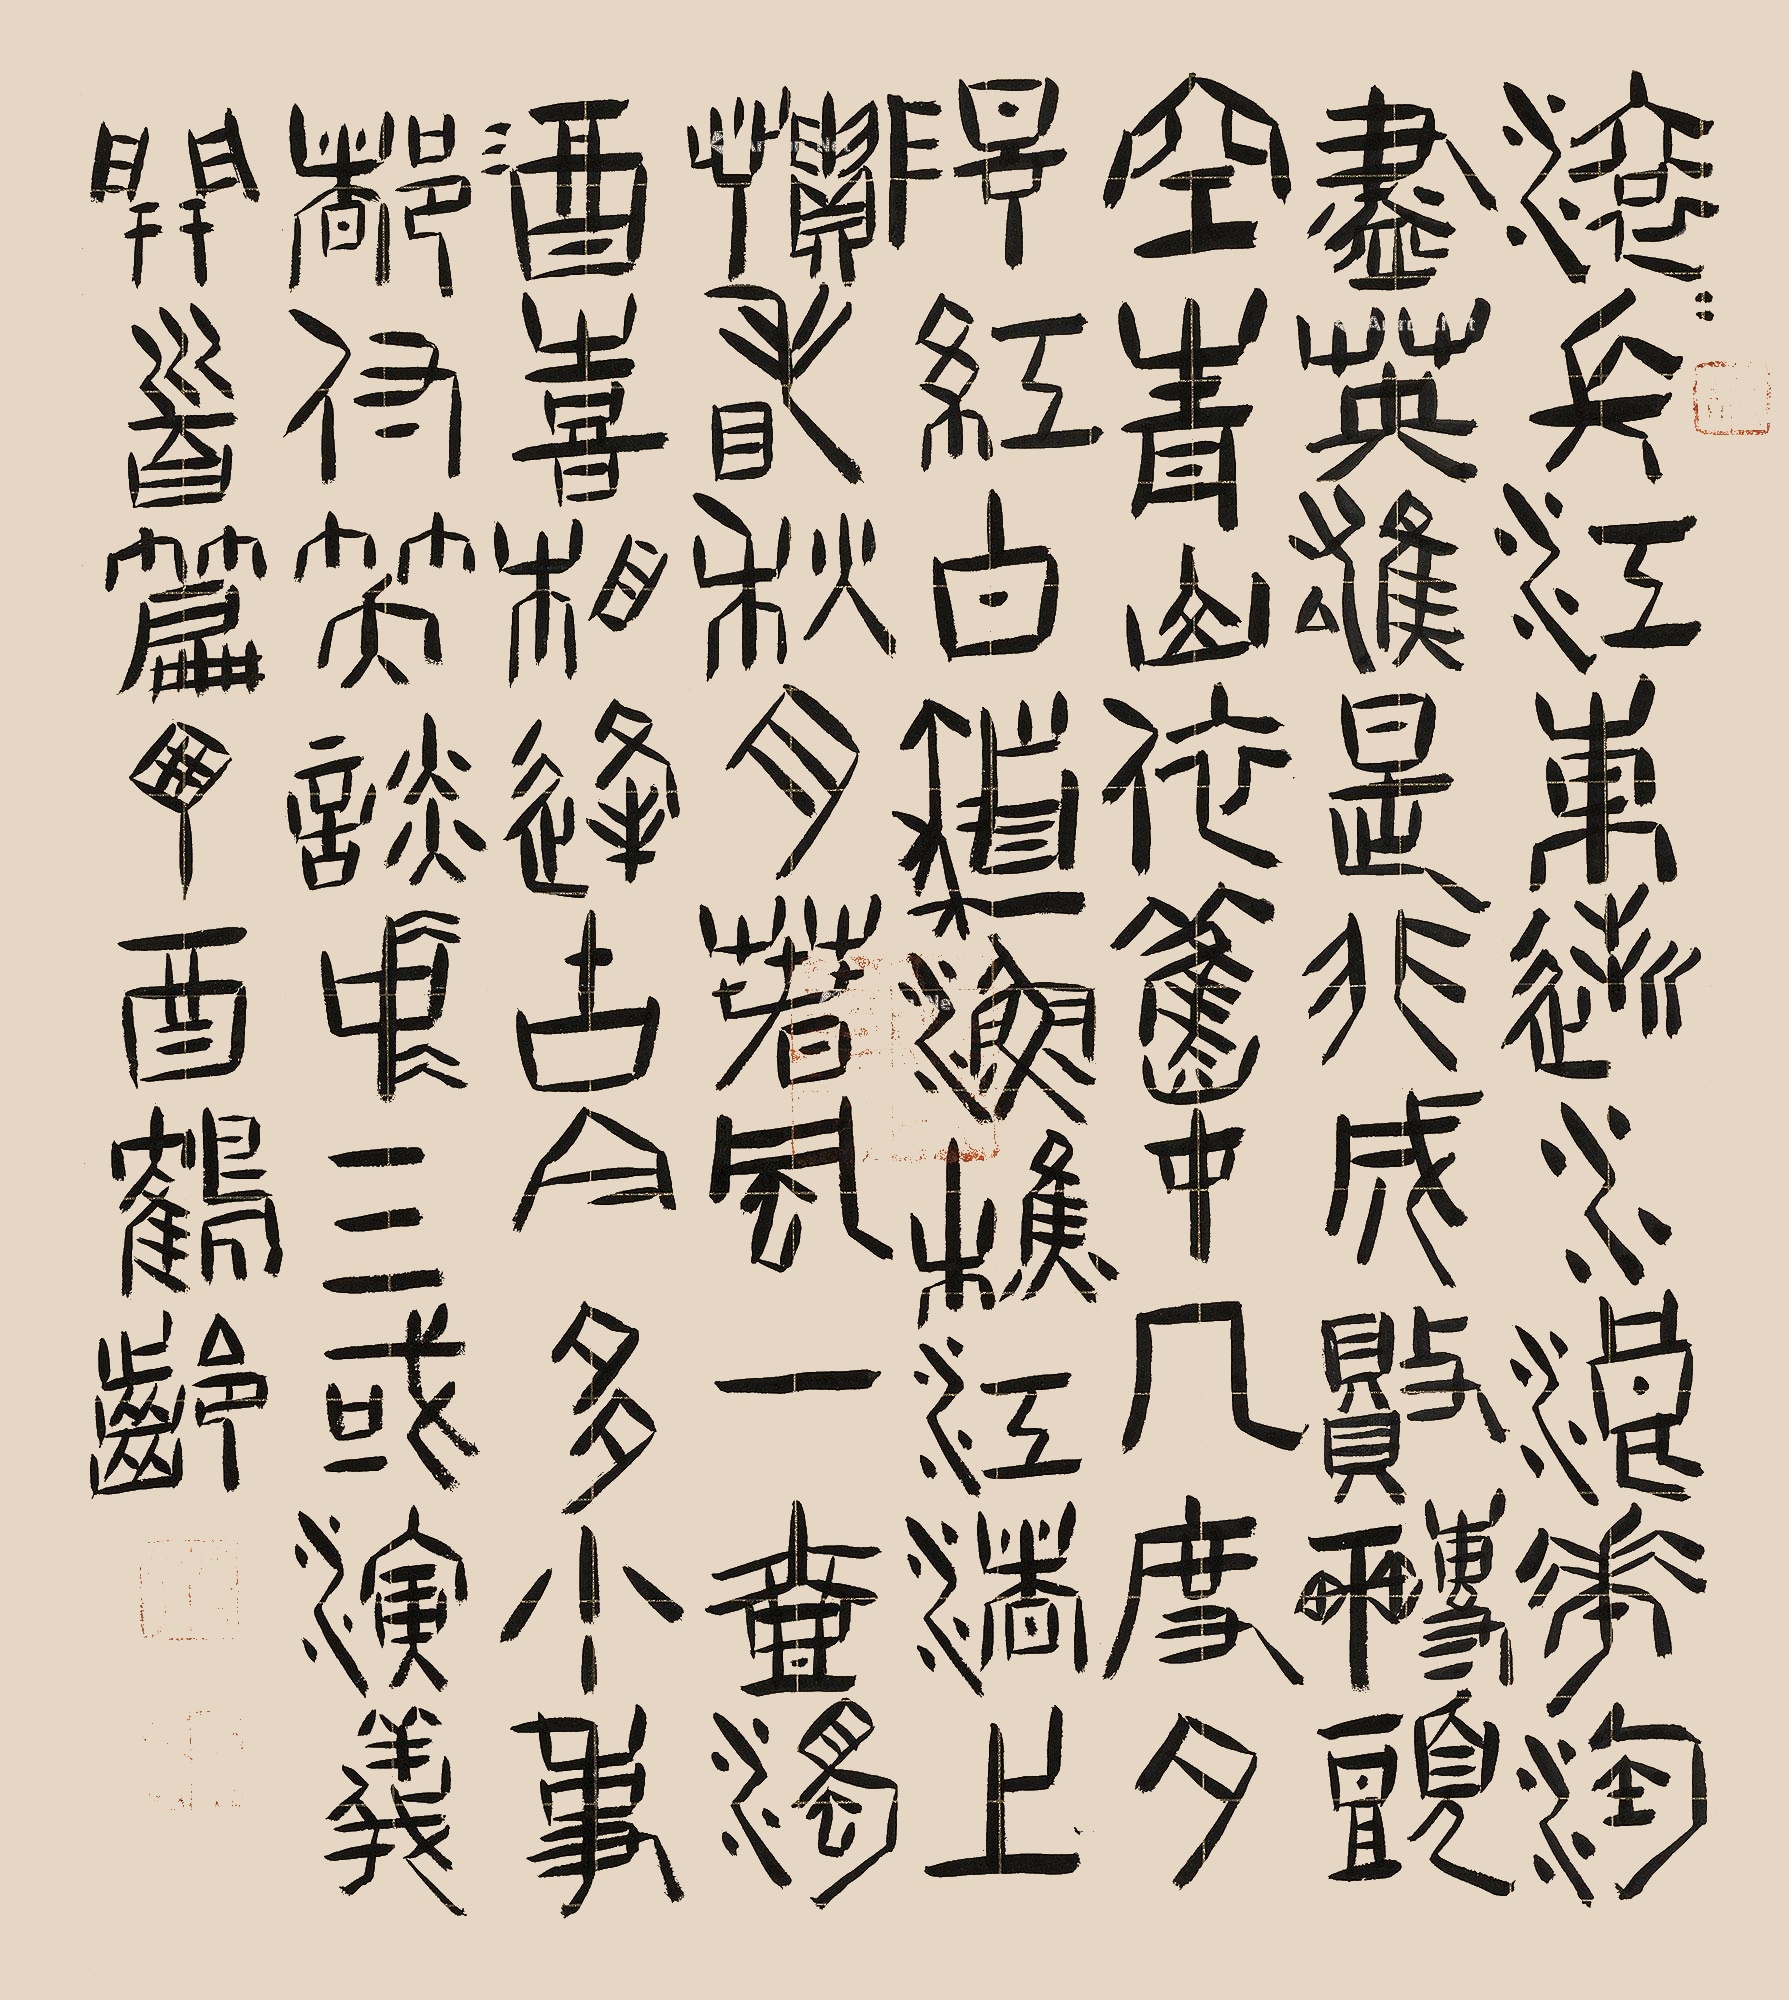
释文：滚滚长江东逝水，浪花淘尽英雄。是非成败转头空。青山依旧在，几度夕阳红。白发渔樵江渚上，惯看秋月春风。一壶浊酒喜相逢。古今多少事，都付笑谈中。三国演义开首篇，甲酉鹤龄。